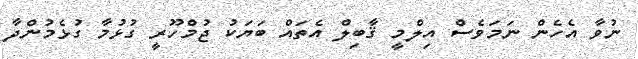
ނުވާ އެހެން ނަމަވެސް އިލްމީ ޤާބިލް އެތައް ބަޔަކު ޖުމްހޫރީ ގުޅުމާ ގުޅެމުންދާ